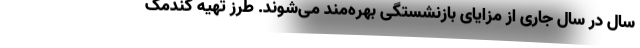
سال در سال جاری از مزایای بازنشستگی بهره‌مند می‌شوند. طرز تهیه گندمک